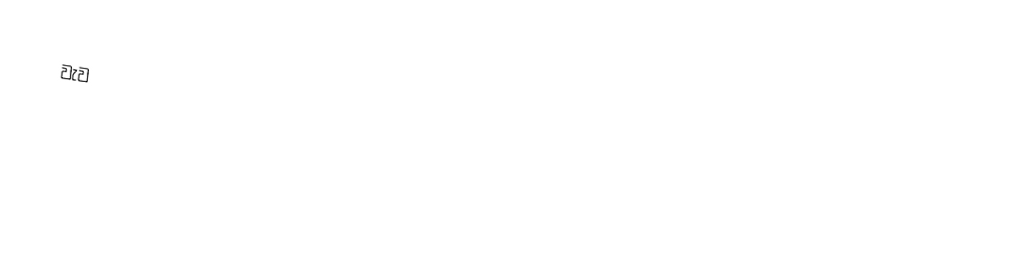
වැව